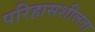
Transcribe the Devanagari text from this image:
परिहासशीलता